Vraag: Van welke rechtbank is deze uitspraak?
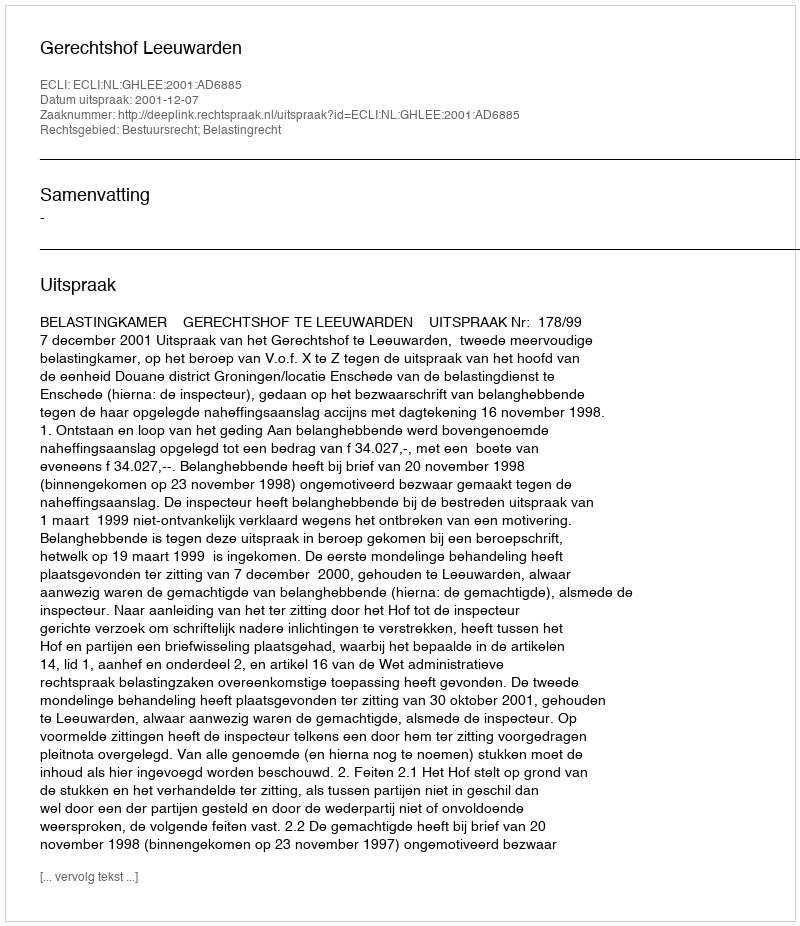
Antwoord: Gerechtshof Leeuwarden